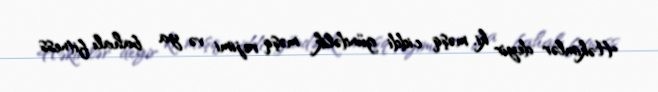
Həkimlər deyir ki, məşq ciddi gündəlik məşq rejimi və ya bahalı fitness